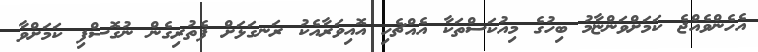
އެހެންވެއްޖެ ކަމަށްވަންޏާމު ބިހުގެ މިއުކަސްތަކާ އެއްޗެހި އޮއިވަރާއެކު ރަނގަޅަށް ފެތުރިގެން ނުގޮސްފި ކަމަށްވާ